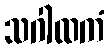
သဂါထကံ